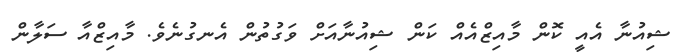
ޝިއުނާ އެއީ ކޮން މާއިޒްއެއް ކަން ޝިއުނާއަށް ވަގުތުން އެނގުނެވެ. މާއިޒްއާ ސަލާން